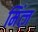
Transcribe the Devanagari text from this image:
मिंत्ज़